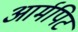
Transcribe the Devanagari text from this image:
आर्मपिट